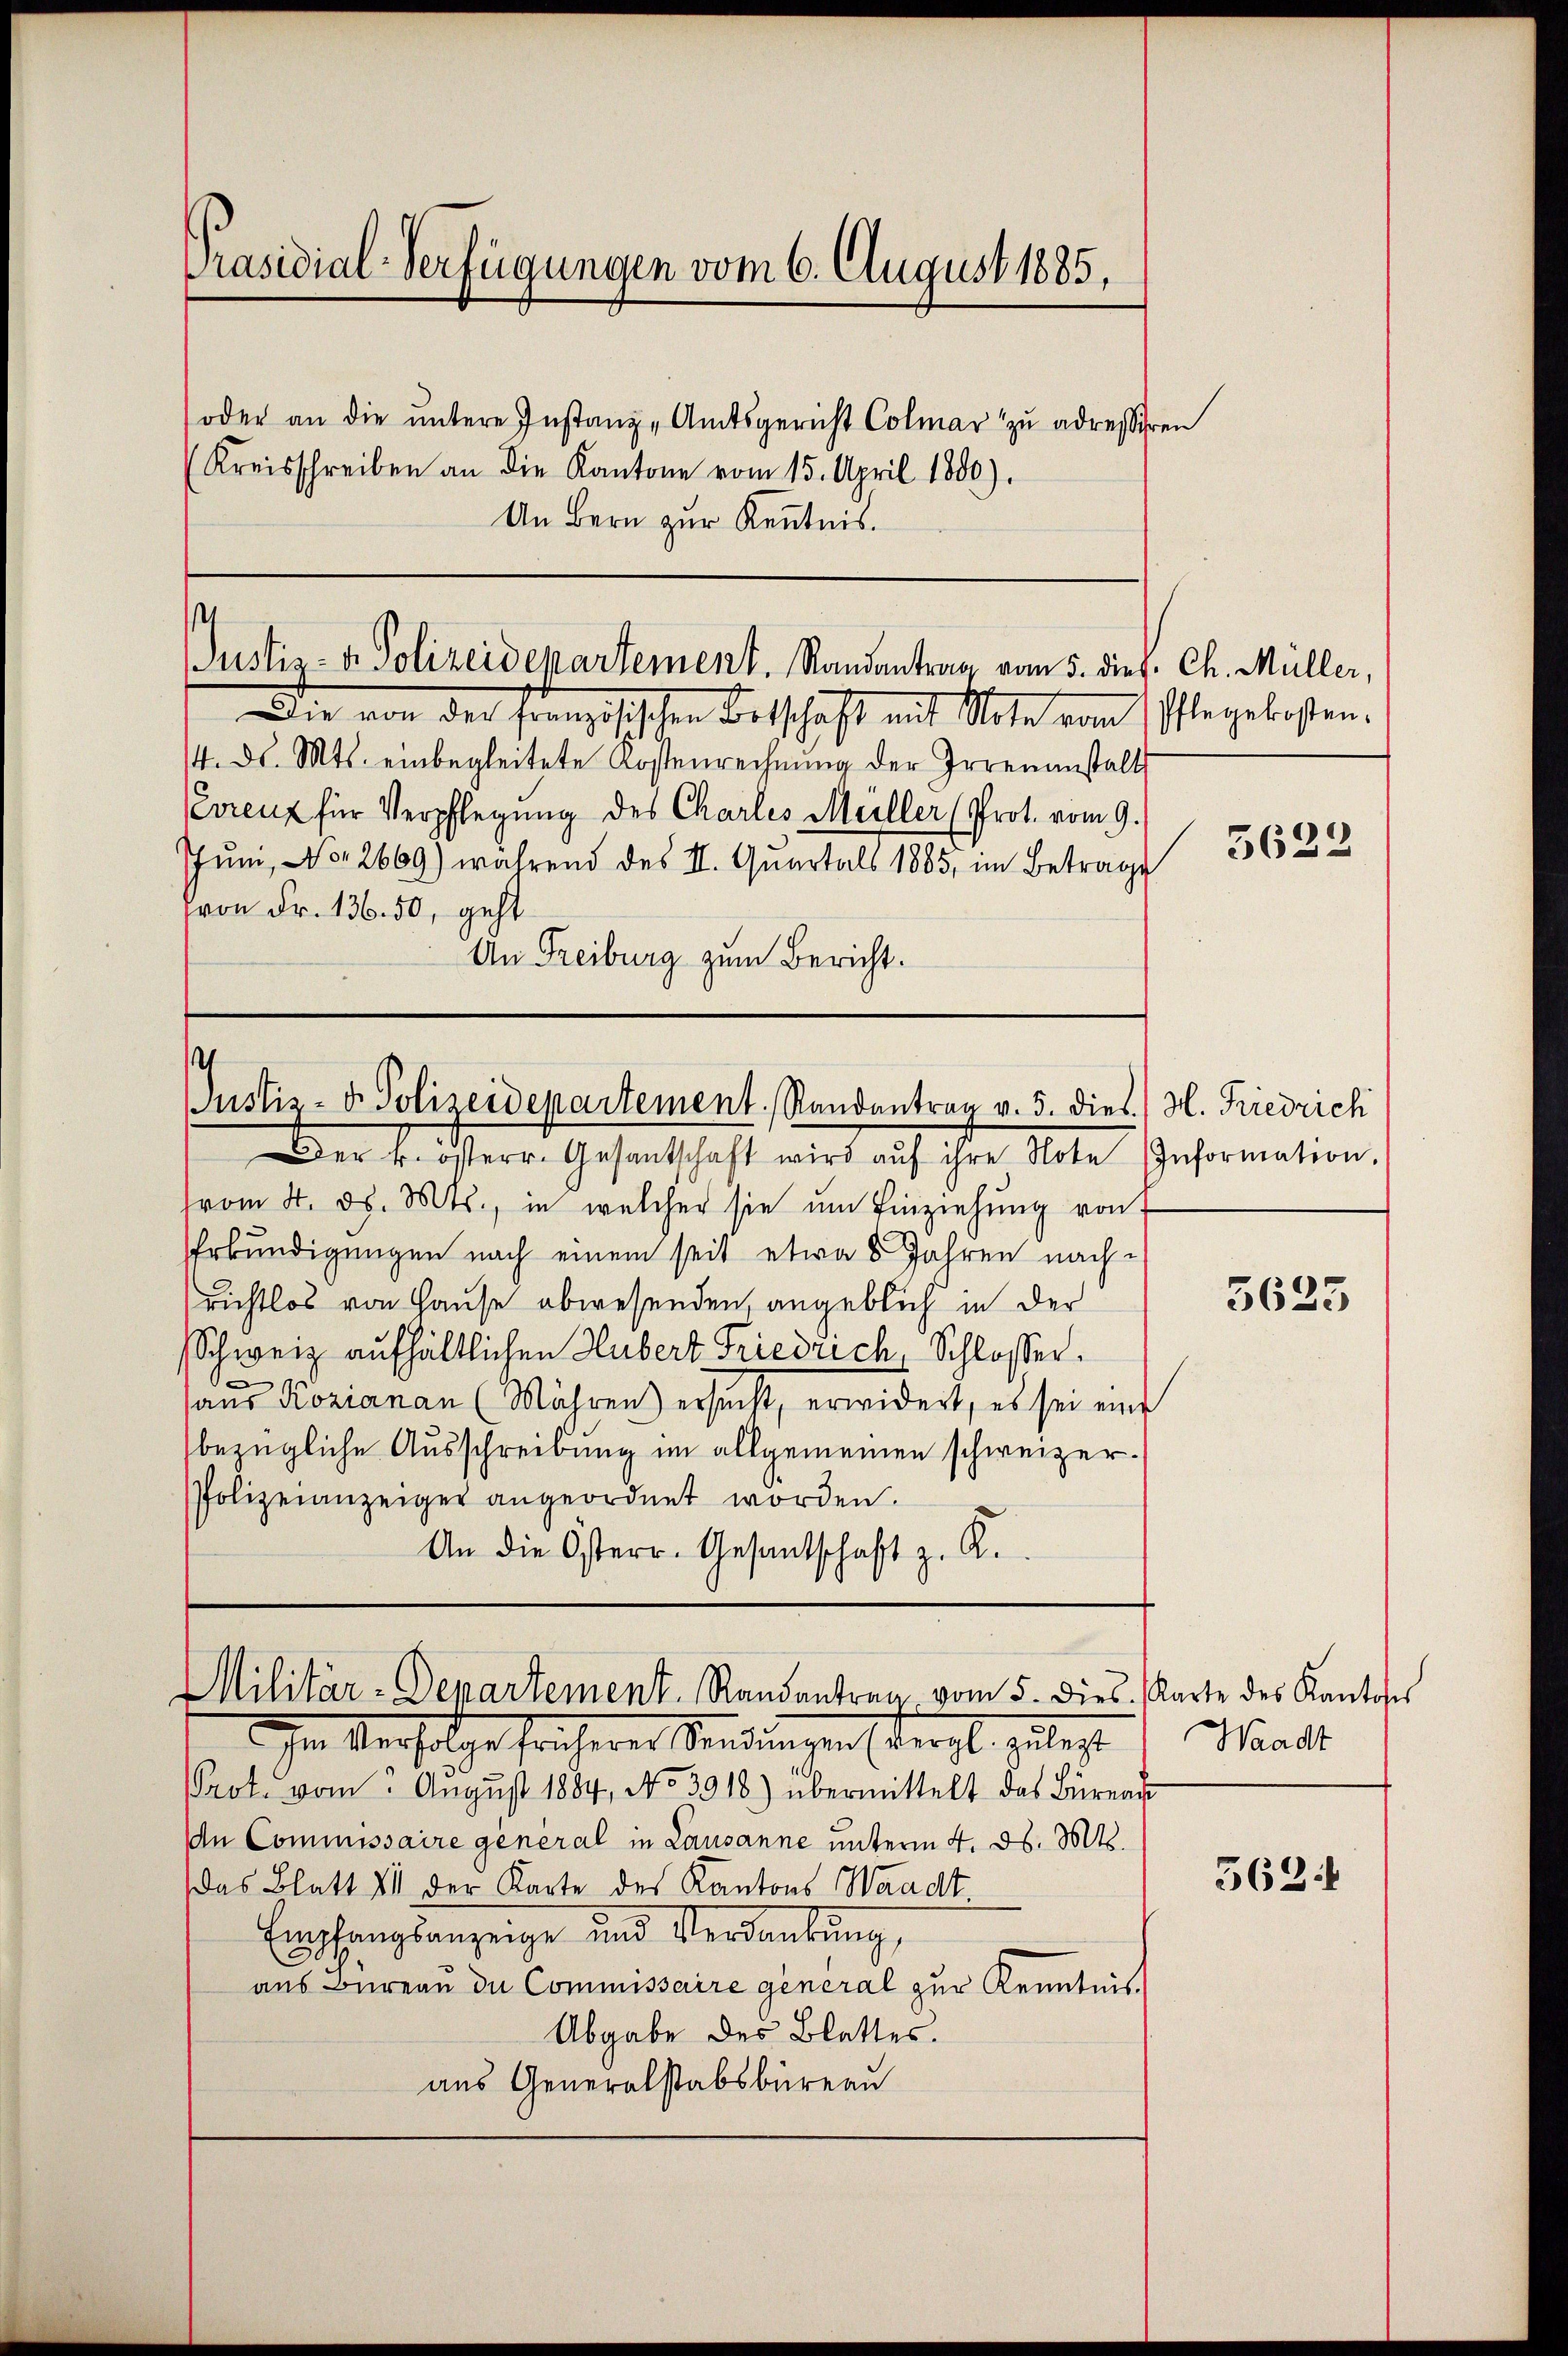
Präsidial-Verfügungen vom 6. August 1885.

oder an die untere Instanz -Amtsgericht Colmar zu adressiren
(Kreisschreiben an die Kantone vom 15. April 1800).
An Bern zur Kenntnis.

s
Justiz- & Polizeidepartement. Randantrag vom 5. dies. Ch. Müller,

Die von der französischen Botschaft mit Note vom Pflegekosten.
4. d. Mts. einbegleitete Kostenrechnŭng der Irrenanstalt
vreuz für Verpflegung des Charles Müller (Prot. vom 9.
Juni, No 2669) während des II. Quartals 1885, im Betrage
von Fr. 136. 50, geht
An Freiburg zum Bericht.

Justiz- u. Polizeidepartement, Randantrag v. 5. dies H. Friedrich
Der k. österr. Gesantschaft wird aŭf ihre Note Information.

vom 4. d. Mts., in welcher sie ŭm Einziehŭng von
Erkundigungen nach einem seit etwa 8 Jahren nachrichtlos von Hause abwesenden, angeblich in der
Schweiz aufhältlichen Hubert Friedrich, Schlosser.
e
aus Rozianau (Mähren) ersucht, erwidert, es sei eine
bezügliche Ausschreibung im allgemeinen schweizer¬
Polizeianzeiger angeordnet worden.
An die Osterr. Gesantschaft z. K.

Militär-Departement. Randantrag vom 5. dies. Karte des Kantones

Im Verfolge früherer Sendungen (vergl. zulegt
PProt. vom August 1884, No 3918.) übermittelt das Büreau
In Commissaire general in Lausanne unterm 4. d. Mk.
das Blatt III der Karte des Kantons Waadt
Empchangsanzeige und Verdankung,
2
aus Bureau de Commissaire general zur Kenntnis
Abgabe des Blattes.
aus Generalstabsbureau

3622

3633

Waadt

362